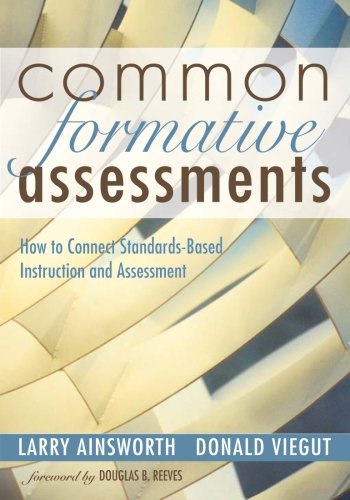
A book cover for Common Formative Assessments: How to Connect Standards-Based Instruction and Assessment; Education & Teaching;